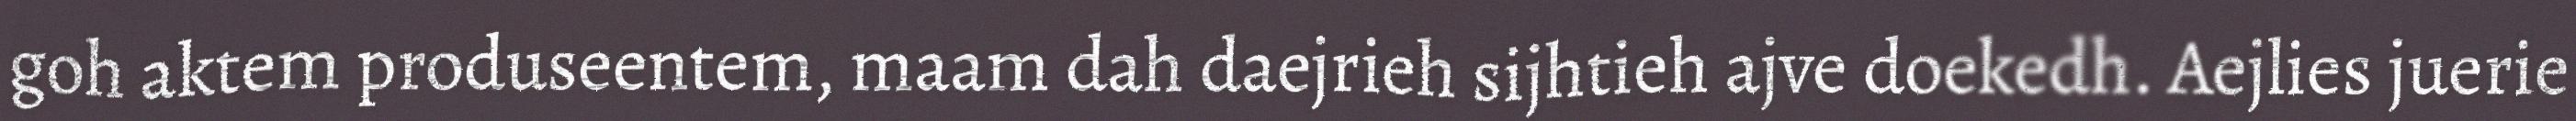
goh aktem produseentem, maam dah daejrieh sijhtieh ajve doekedh. Aejlies juerie